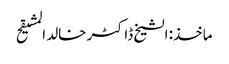
ماخذ: الشیخ ڈاکٹر خالد المشیقح